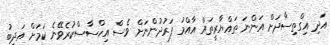
އަދި އިގްތިސާދަށް އަންނަ ތައްޔާރީތައް އާއްމު ފަރުދުންނަށް ވެސް އިހްސާސްކުރެވޭނެ ކަަމަށް އަދީބު